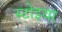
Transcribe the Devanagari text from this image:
स्टोइया